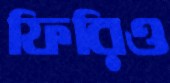
ফিরিও